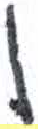
אות: ן